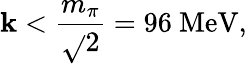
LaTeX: \mathbf{k}<{\frac{{m_{\pi}}}{{\sqrt{}{{2}}}}}=96~\mathrm{{MeV}},